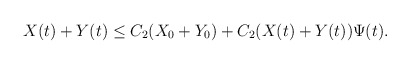
\begin{align*}X(t)+Y(t)\leq C_2 (X_0+Y_0) +C_2(X(t)+Y(t))\Psi(t).\end{align*}